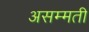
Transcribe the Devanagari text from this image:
असम्मती